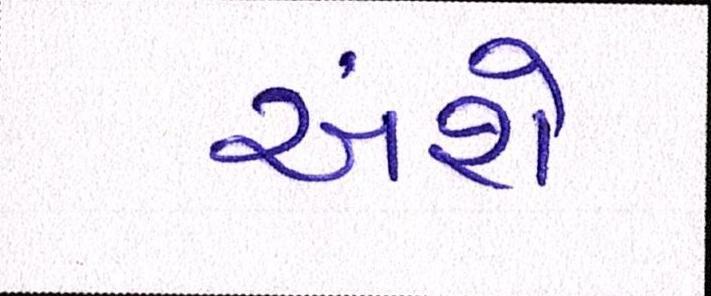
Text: અંશે